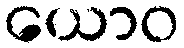
ယောဝ